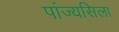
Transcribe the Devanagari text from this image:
पांज्यसिला